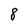
Character: 8